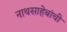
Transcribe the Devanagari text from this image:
नाथसाहेबांची